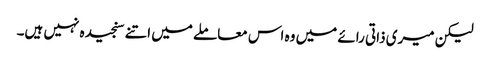
لیکن میری ذاتی رائے میں وہ اس معاملے میں اتنے سنجیدہ نہیں ہیں۔